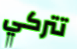
تتركي